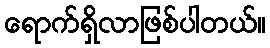
ရောက်ရှိလာဖြစ်ပါတယ်။